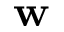
\mathbf { w }